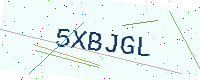
Text: 5XBJGL